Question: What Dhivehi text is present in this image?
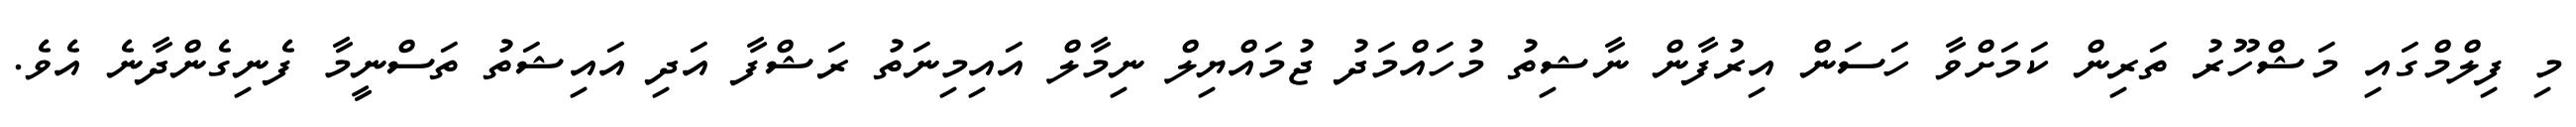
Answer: މި ފިލްމްގައި މަޝްހޫރު ތަރިން ކަމަށްވާ ހަސަން އިރުފާން ނާޝިތު މުހައްމަދު ޖުމައްޔިލް ނިމާލް އައިމިނަތު ރަޝްފާ އަދި އައިޝަތު ތަސްނީމާ ފެނިގެންދާނެ އެވެ.